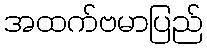
အထက်ဗမာပြည်